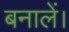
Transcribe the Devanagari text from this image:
बनालें।